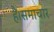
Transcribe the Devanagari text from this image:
हैं।समाचार